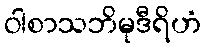
ဝါစာသဘိမုဒီရိဟံ